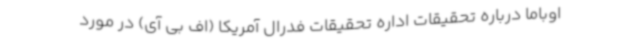
اوباما درباره تحقیقات اداره تحقیقات فدرال آمریکا (اف بی آی) در مورد